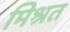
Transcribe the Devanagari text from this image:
मिश्रत